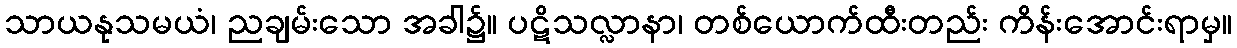
သာယနုသမယံ၊ ညချမ်းသော အခါ၌။ ပဋိသလ္လာနာ၊ တစ်ယောက်ထီးတည်း ကိန်းအောင်းရာမှ။